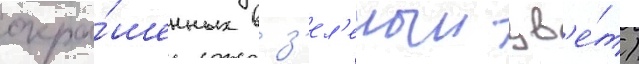
окра́шенных в з'ел'еныи цв'е́т)